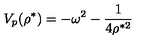
V _ { p } ( \rho ^ { * } ) = - \omega ^ { 2 } - \frac { 1 } { 4 \rho ^ { * 2 } }